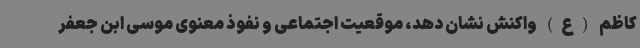
کاظم (ع) واکنش نشان دهد، موقعیت اجتماعی و نفوذ معنوی موسی ابن جعفر